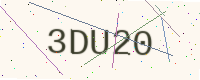
Text: 3DU20